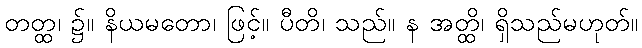
တတ္ထ၊ ၌။ နိယမတော၊ ဖြင့်။ ပီတိ၊ သည်။ န အတ္ထိ၊ ရှိသည်မဟုတ်။